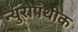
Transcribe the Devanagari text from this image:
न्युरोपॅथीक